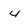
Character: 4